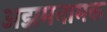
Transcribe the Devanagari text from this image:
अझमनामक